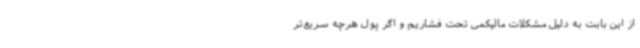
از این بابت به دلیل مشکلات مالیکمی تحت فشاریم و اگر پول هرچه سریع‌تر